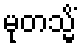
မုတသ္မိံ